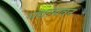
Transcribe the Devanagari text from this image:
मद्यासवन